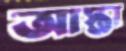
আস্তা